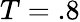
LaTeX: T=.8